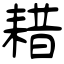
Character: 耤